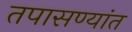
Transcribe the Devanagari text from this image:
तपासण्यांत